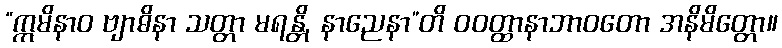
“ဣမိနာဝ ဗျာဓိနာ သတ္တာ မရန္တိ, နာညေနာ”တိ ဝဝတ္ထာနာဘာဝတော အနိမိတ္တော။